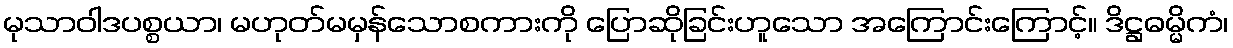
မုသာဝါဒပစ္စယာ၊ မဟုတ်မမှန်သောစကားကို ပြောဆိုခြင်းဟူသော အကြောင်းကြောင့်။ ဒိဋ္ဌဓမ္မိကံ၊